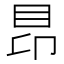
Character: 䀚